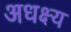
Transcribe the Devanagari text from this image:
अधक्ष्य